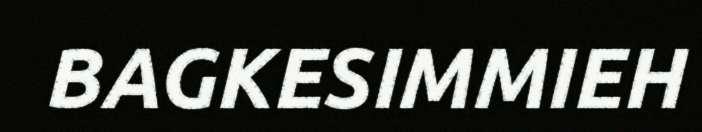
BAGKESIMMIEH